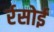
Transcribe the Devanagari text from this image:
र्रसोई